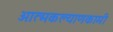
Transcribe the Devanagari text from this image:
आत्मकल्याणकामी